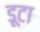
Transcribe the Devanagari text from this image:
डूटा